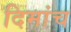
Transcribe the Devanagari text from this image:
दिमांच